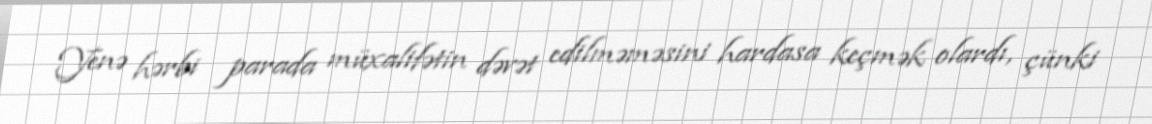
Yenə hərbi parada müxalifətin dəvət edilməməsini hardasa keçmək olardı, çünki